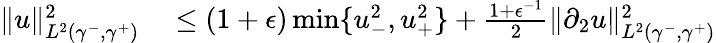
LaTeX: \begin{array}{rl}{\| u\| _{L^{2}(\gamma^{-},\gamma^{+})}^{2}}&{{}\leq(1+\epsilon)\operatorname*{min}\lbrace u_{-}^{2},u_{+}^{2}\rbrace+\frac{1+\epsilon^{-1}}{2}\| \partial_{2}u\| _{L^{2}(\gamma^{-},\gamma^{+})}^{2}}\end{array}